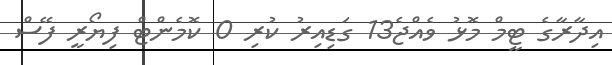
އިދާރާގެ ޓީމް މޮޅު ވެއްޖެ13 ގަޑިއިރު ކުރި 0 ކޮމެންޓް ފިޔޯރީ ފޭސް